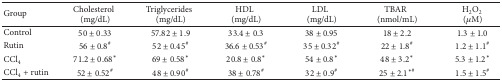
| Group | Cholesterol(mg/dL) | Triglycerides(mg/dL) | HDL(mg/dL) | LDL(mg/dL) | TBAR(nmol/mL) | H2O2(μM) |
 | --- | --- | --- | --- | --- | --- | --- |
 | Control | 50 ± 0.33 | 57.82 ± 1.9 | 33.4 ± 0.3 | 38 ± 0.95 | 18 ± 2.2 | 1.3 ± 1.0 |
 | Rutin | 56 ± 0.8# | 52 ± 0.45# | 36.6 ± 0.53# | 35 ± 0.32# | 22 ± 1.8# | 1.2 ± 1.1# |
 | CCl4 | 71.2 ± 0.68* | 69 ± 0.58* | 20.8 ± 0.8* | 54 ± 0.8* | 48 ± 3.2* | 5.3 ± 1.2* |
 | CCl4 + rutin | 52 ± 0.52# | 48 ± 0.90# | 38 ± 0.78# | 32 ± 0.9# | 25 ± 2.1∗# | 1.5 ± 1.5# |